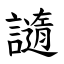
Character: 䜔